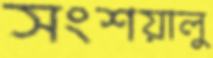
সংশয়ালু